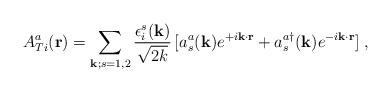
LaTeX: \begin{align*}A_{Ti}^{a}({\bf{r}}) = \sum_{{\bf{k}}; s=1,2}\frac{\epsilon_{i}^{s}({\bf{k}})}{\sqrt{2k}}\,[a_{s}^{a}({\bf{k}})e^{+i{\bf{k}}\cdot{\bf{r}}} +a_{s}^{a\dagger}({\bf{k}})e^{-i{\bf{k}}\cdot{\bf{r}}}]\;,\end{align*}